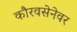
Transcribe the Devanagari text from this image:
कौरवसेनेवर